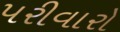
પરીવારો